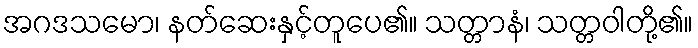
အဂဒသမော၊ နတ်ဆေးနှင့်တူပေ၏။ သတ္တာနံ၊ သတ္တဝါတို့၏။